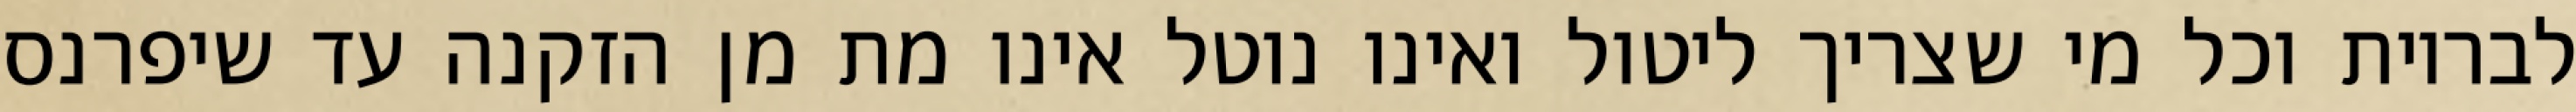
לבריות וכל מי שצריך ליטול ואינו נוטל אינו מת מן הזקנה עד שיפרנס